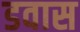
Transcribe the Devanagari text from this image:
डवास